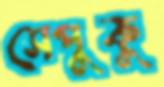
সেপুকু